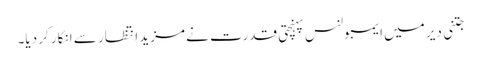
جتنی دیر میں ایمبولنس پہنچتی قدرت نے مزید انتظار سے انکار کر دیا۔